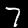
Digit: 7